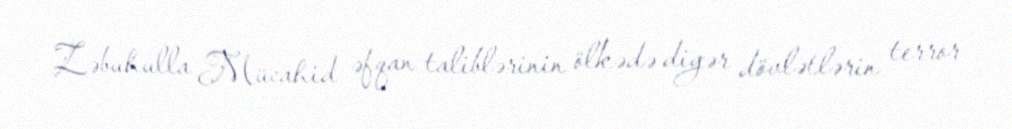
Zəbuhulla Mücahid əfqan taliblərinin ölkədə digər dövlətlərin terror